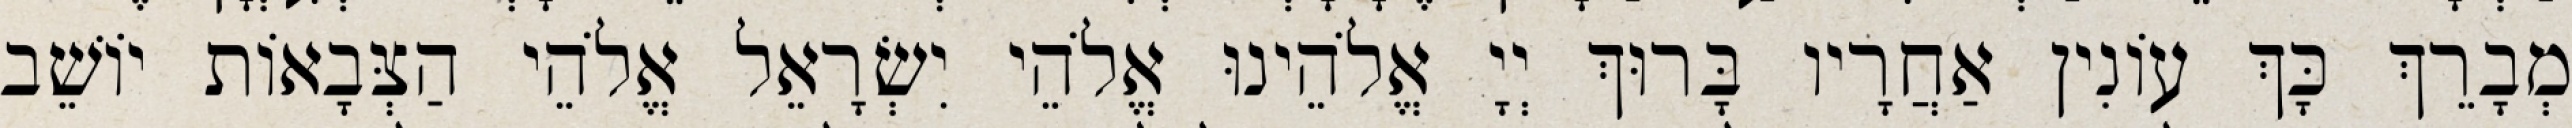
מְבָרֵךְ כָּךְ עוֹנִין אַחֲרָיו בָּרוּךְ יְיָ אֱלֹהֵינוּ אֱלֹהֵי יִשְׂרָאֵל אֱלֹהֵי הַצְּבָאוֹת יוֹשֵׁב